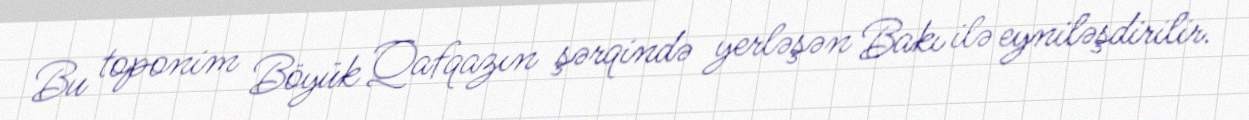
Bu toponim Böyük Qafqazın şərqində yerləşən Bakı ilə eyniləşdirilir.